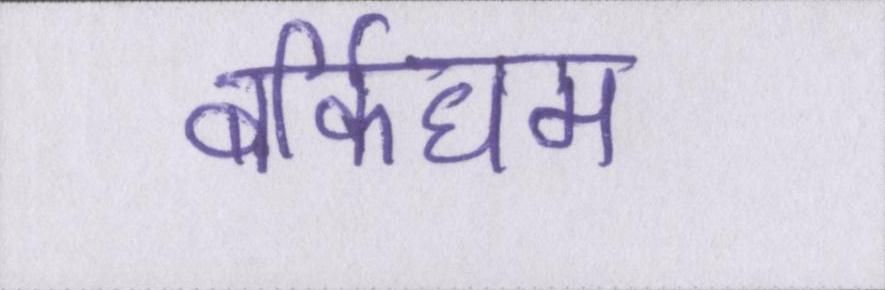
बर्किघम